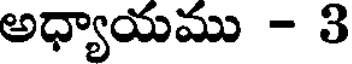
అధ్యాయము - 3